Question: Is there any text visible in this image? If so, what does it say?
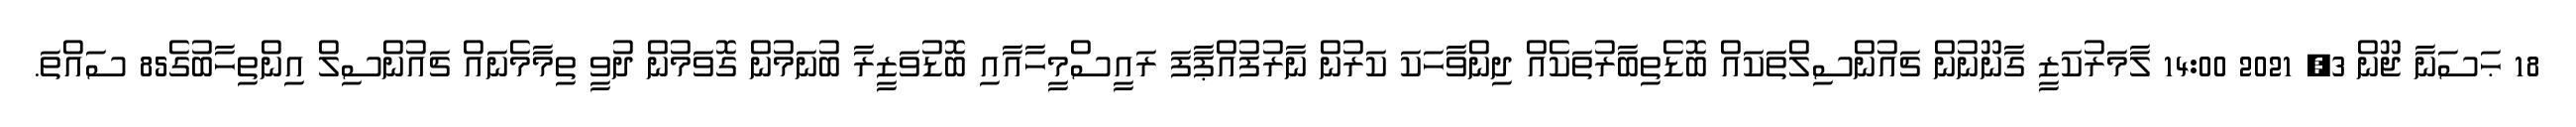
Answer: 18 ޙަސަނާ ޖޫން 3, 2021 14:00 ލާމަރުކަޒީ ގާނޫނުން ޗައުންސިލްތަކައް ބޮޑެތިބާރުތަކެއް ދިންވާހަކަ ކަރުން ނާރުފުއްޕާފަ ރައީސްމީހާއާއި ބޮޑުވަޒީރާ ބުނަމުން ގޮވަމުން ދުވީ ތިމާމެނައް ޗައުންސިލް އިންތިހާބުގެ85 ސައްތަ.